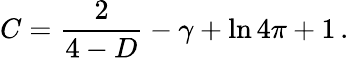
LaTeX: C=\frac{2}{4-D}-\gamma+\ln 4\pi+1\, .